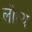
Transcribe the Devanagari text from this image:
लोभ्य